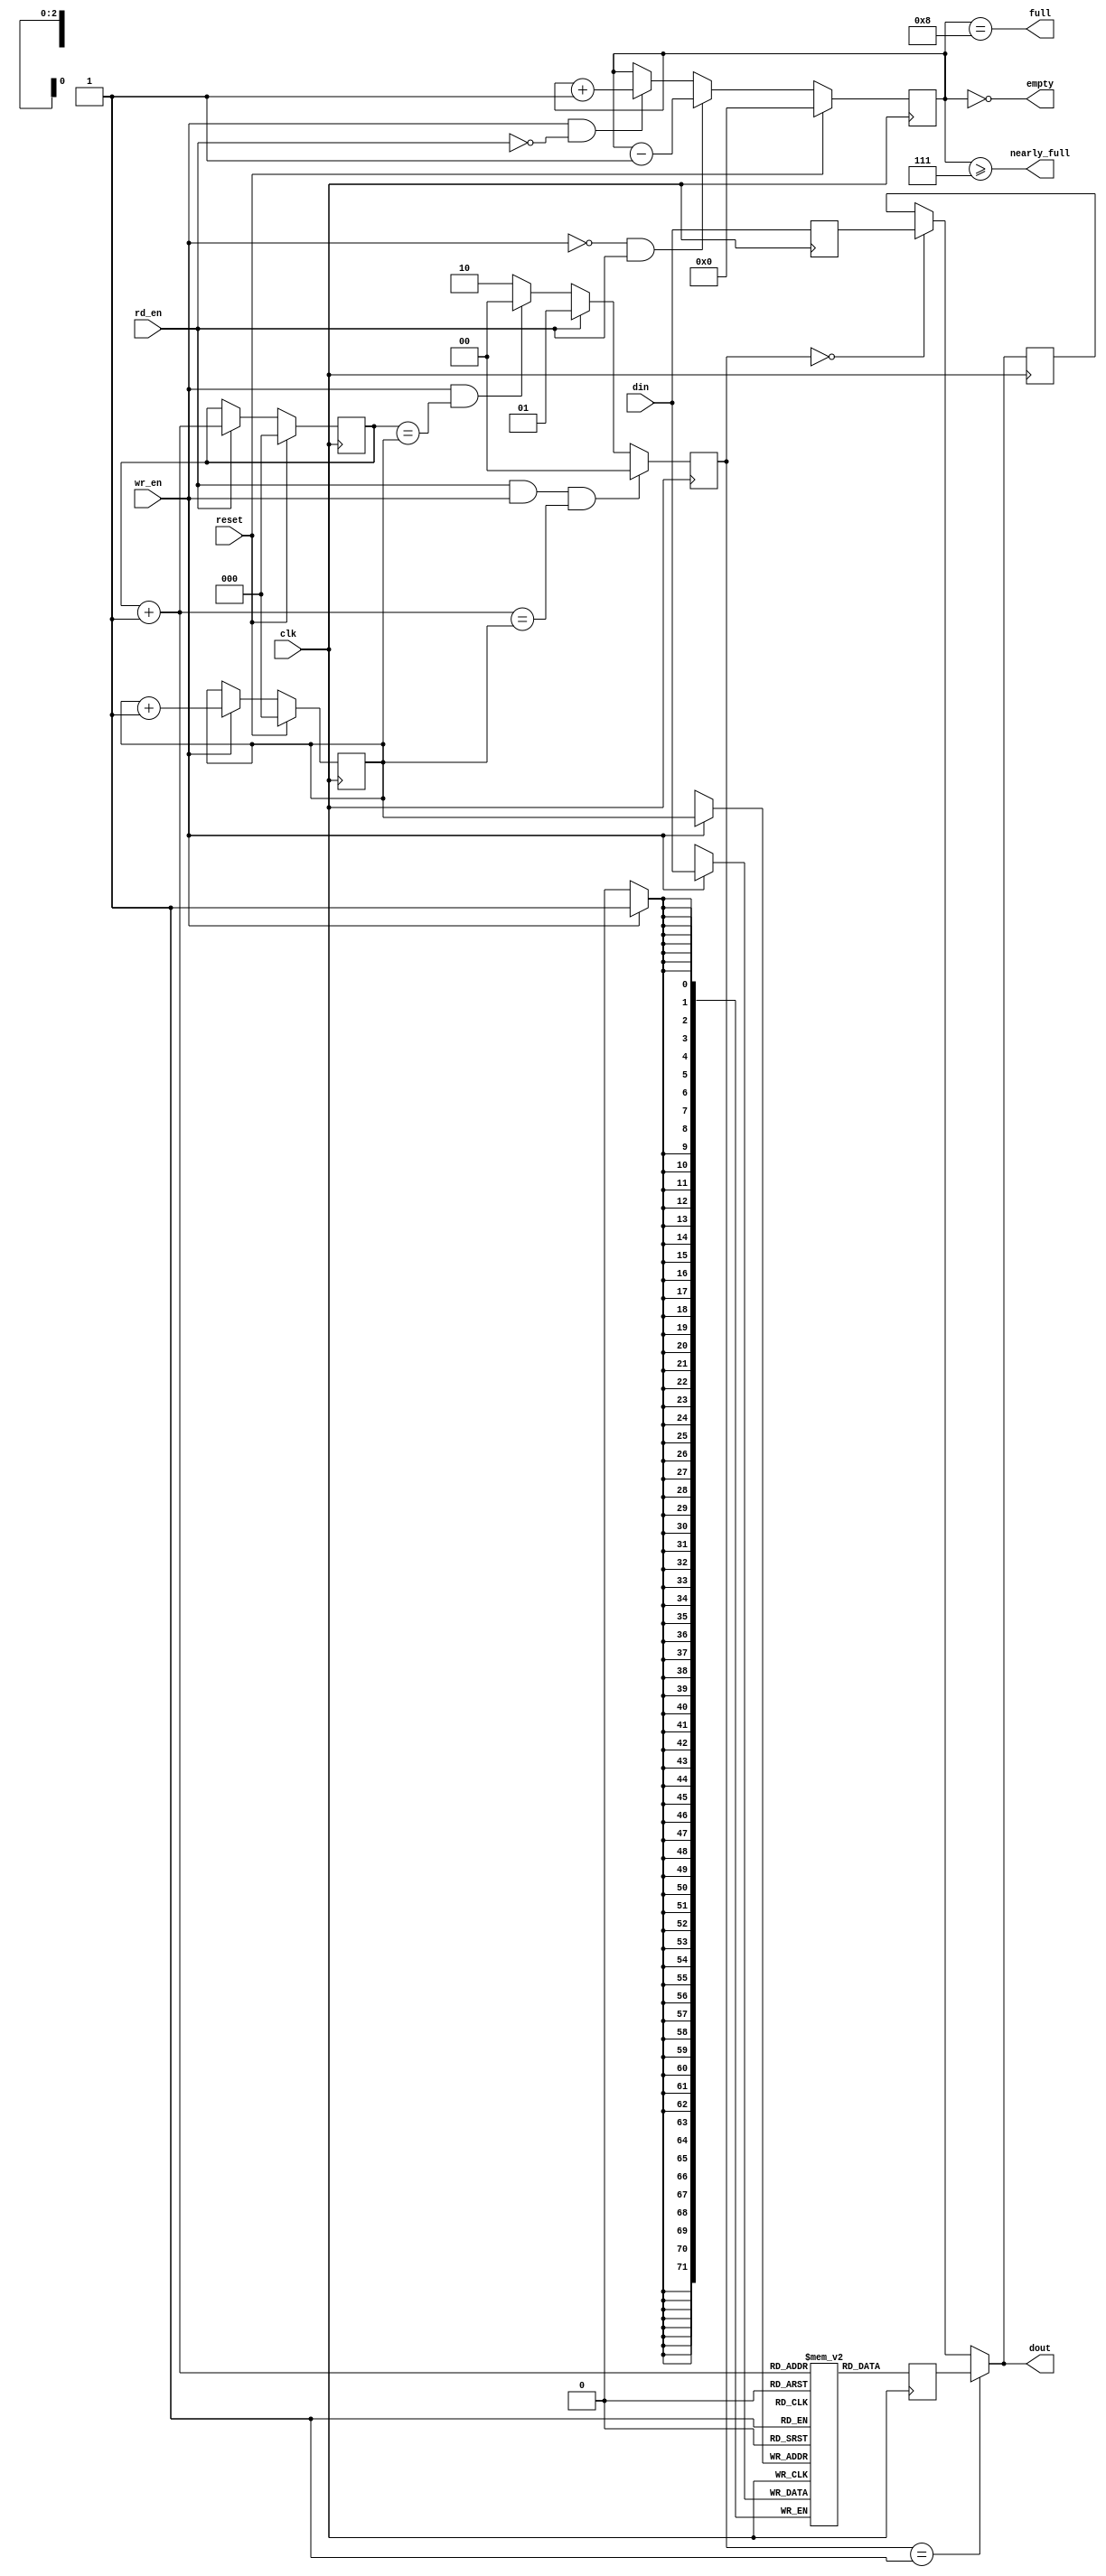
///////////////////////////////////////////////////////////////////////////////
// $Id: fallthrough_small_fifo.v 5205 2009-03-08 18:54:46Z grg $
//
// Module: fallthrough_small_fifo.v
// Project: NF_2.1_reference
// Description: small fifo with first word fallthrough i.e. data valid as soon as
//  it is available
//
// Change history: 
//   8/2/07 -- Set nearly full to 2^MAX_DEPTH_BITS - 1 by default so that it 
//             goes high a clock cycle early.
//
///////////////////////////////////////////////////////////////////////////////
`timescale 1ns/1ps

  module fallthrough_small_fifo_old
    #(parameter WIDTH = 72,
      parameter MAX_DEPTH_BITS = 3,
      parameter NEARLY_FULL = 2**MAX_DEPTH_BITS - 1)
    (
                   
     input [WIDTH-1:0] din,     // Data in
     input          wr_en,   // Write enable
     
     input          rd_en,   // Read the next word 
     
     output [WIDTH-1:0] dout,    // Data out
     output         full,
     output         nearly_full,
     output         empty,
     
     input          reset,
     input          clk
     );


   parameter MAX_DEPTH = 2 ** MAX_DEPTH_BITS;
   parameter SEL_DIN   = 0;
   parameter SEL_QUEUE = 1;
   parameter SEL_KEEP  = 2;
   
   
   reg [WIDTH-1:0]                queue [MAX_DEPTH - 1 : 0];
   reg [MAX_DEPTH_BITS - 1 : 0]   rd_ptr;
   wire [MAX_DEPTH_BITS - 1 : 0]  rd_ptr_plus1 = rd_ptr+1;
   reg [MAX_DEPTH_BITS - 1 : 0]   wr_ptr;
   reg [MAX_DEPTH_BITS : 0]       depth;

   reg [WIDTH-1:0]                queue_rd;
   reg [WIDTH-1:0]                din_d1;
   reg [WIDTH-1:0]                dout_d1;
   reg [1:0]                      dout_sel;
   
   // Sample the data
   always @(posedge clk)
     begin
        if (wr_en) 
          queue[wr_ptr] <= din;

        queue_rd <= queue[rd_ptr_plus1];
        din_d1 <= din;
	dout_d1 <= dout;
       
        if (rd_en && wr_en && (rd_ptr_plus1==wr_ptr)) begin
           dout_sel <= SEL_DIN;
        end
        else if(rd_en) begin
           dout_sel <= SEL_QUEUE;
        end
        else if(wr_en && (rd_ptr==wr_ptr)) begin
           dout_sel <= SEL_DIN;
        end
	else begin
	   dout_sel <= SEL_KEEP;
	end
     end

   always @(posedge clk)
     begin
        if (reset) begin
           rd_ptr <= 'h0;
           wr_ptr <= 'h0;
           depth  <= 'h0;
        end
        else begin
           if (wr_en) wr_ptr <= wr_ptr + 'h1;
           if (rd_en) rd_ptr <= rd_ptr_plus1;
           if (wr_en & ~rd_en) depth <= 
                                        // synthesis translate_off
                                        #1
                                        // synthesis translate_on
                                        depth + 'h1;
           if (~wr_en & rd_en) depth <= 
                                        // synthesis translate_off
                                        #1
                                        // synthesis translate_on
                                        depth - 'h1;
        end
     end

   assign dout = (dout_sel==SEL_QUEUE) ? queue_rd : ((dout_sel==SEL_DIN) ? din_d1 : dout_d1);
   assign full = depth == MAX_DEPTH;
   assign nearly_full = depth >= NEARLY_FULL;
   assign empty = depth == 'h0;

   // synthesis translate_off
   always @(posedge clk)
   begin
      if (wr_en && depth == MAX_DEPTH && !rd_en)
        $display($time, " ERROR: Attempt to write to full FIFO: %m");
      if (rd_en && depth == 'h0)
        $display($time, " ERROR: Attempt to read an empty FIFO: %m");
   end
   // synthesis translate_on

endmodule // small_fifo


/* vim:set shiftwidth=3 softtabstop=3 expandtab: */